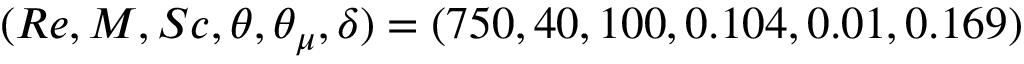
( R e , M , S c , \theta , \theta _ { \mu } , \delta ) = ( 7 5 0 , 4 0 , 1 0 0 , 0 . 1 0 4 , 0 . 0 1 , 0 . 1 6 9 )